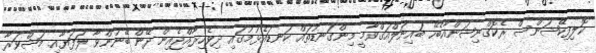
ކޮލިފިކޭޝަންސް ރެކޮގްނިޝަންއާބެހޭ ބައިނަލްއަޤްވާމީ މިންގަނޑުތައް ކަނޑައެޅުމުގައި ދިވެހިރާއްޖެއިން ދޭން ބޭނުންވާ ލަފަޔާއި މަޝްވަރާ